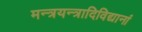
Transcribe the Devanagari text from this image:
मन्त्रयन्त्रादिविद्यानां